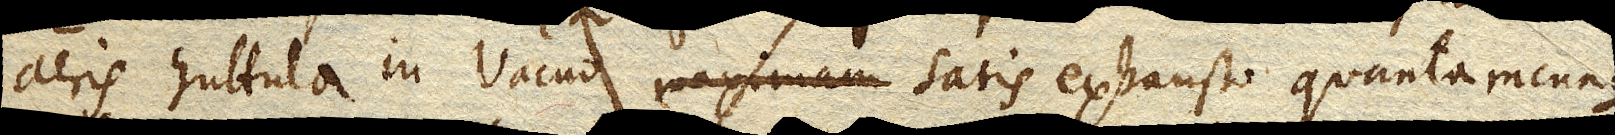
aeris in Vacuo maximam satis exhausto quantamcunque